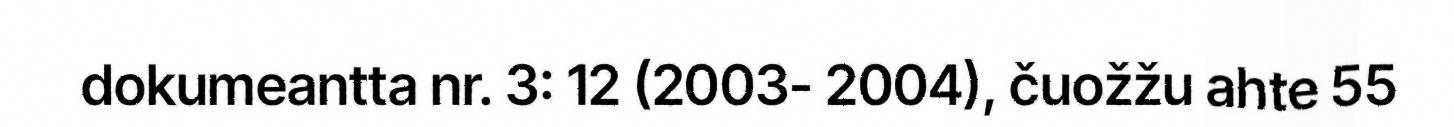
dokumeantta nr. 3: 12 (2003- 2004), čuožžu ahte 55